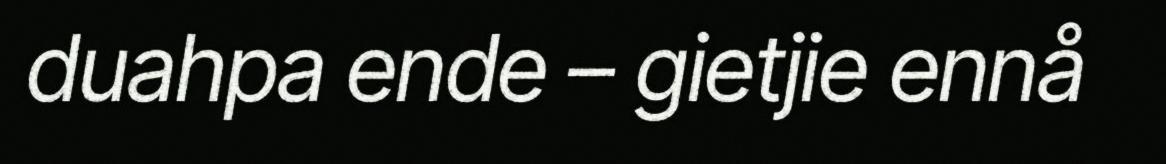
duahpa ende – gietjie ennå